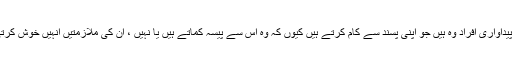
معاشرے میں آج سب سے زیادہ پیداواری افراد وہ ہیں جو اپنی پسند سے کام کرتے ہیں کیوں کہ وہ اس سے پیسہ کماتے ہیں یا نہیں ، ان کی ملازمتیں انہیں خوش کرتی ہیں اور یہی بات واقعی اہم ہے۔